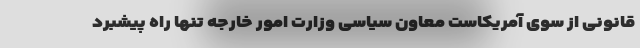
قانونی از سوی آمریکاست معاون سیاسی وزارت امور خارجه تنها راه پیشبرد